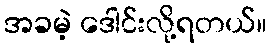
အခမဲ့ ဒေါင်းလို့ရတယ်။